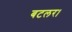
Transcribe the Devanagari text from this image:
बटलर।